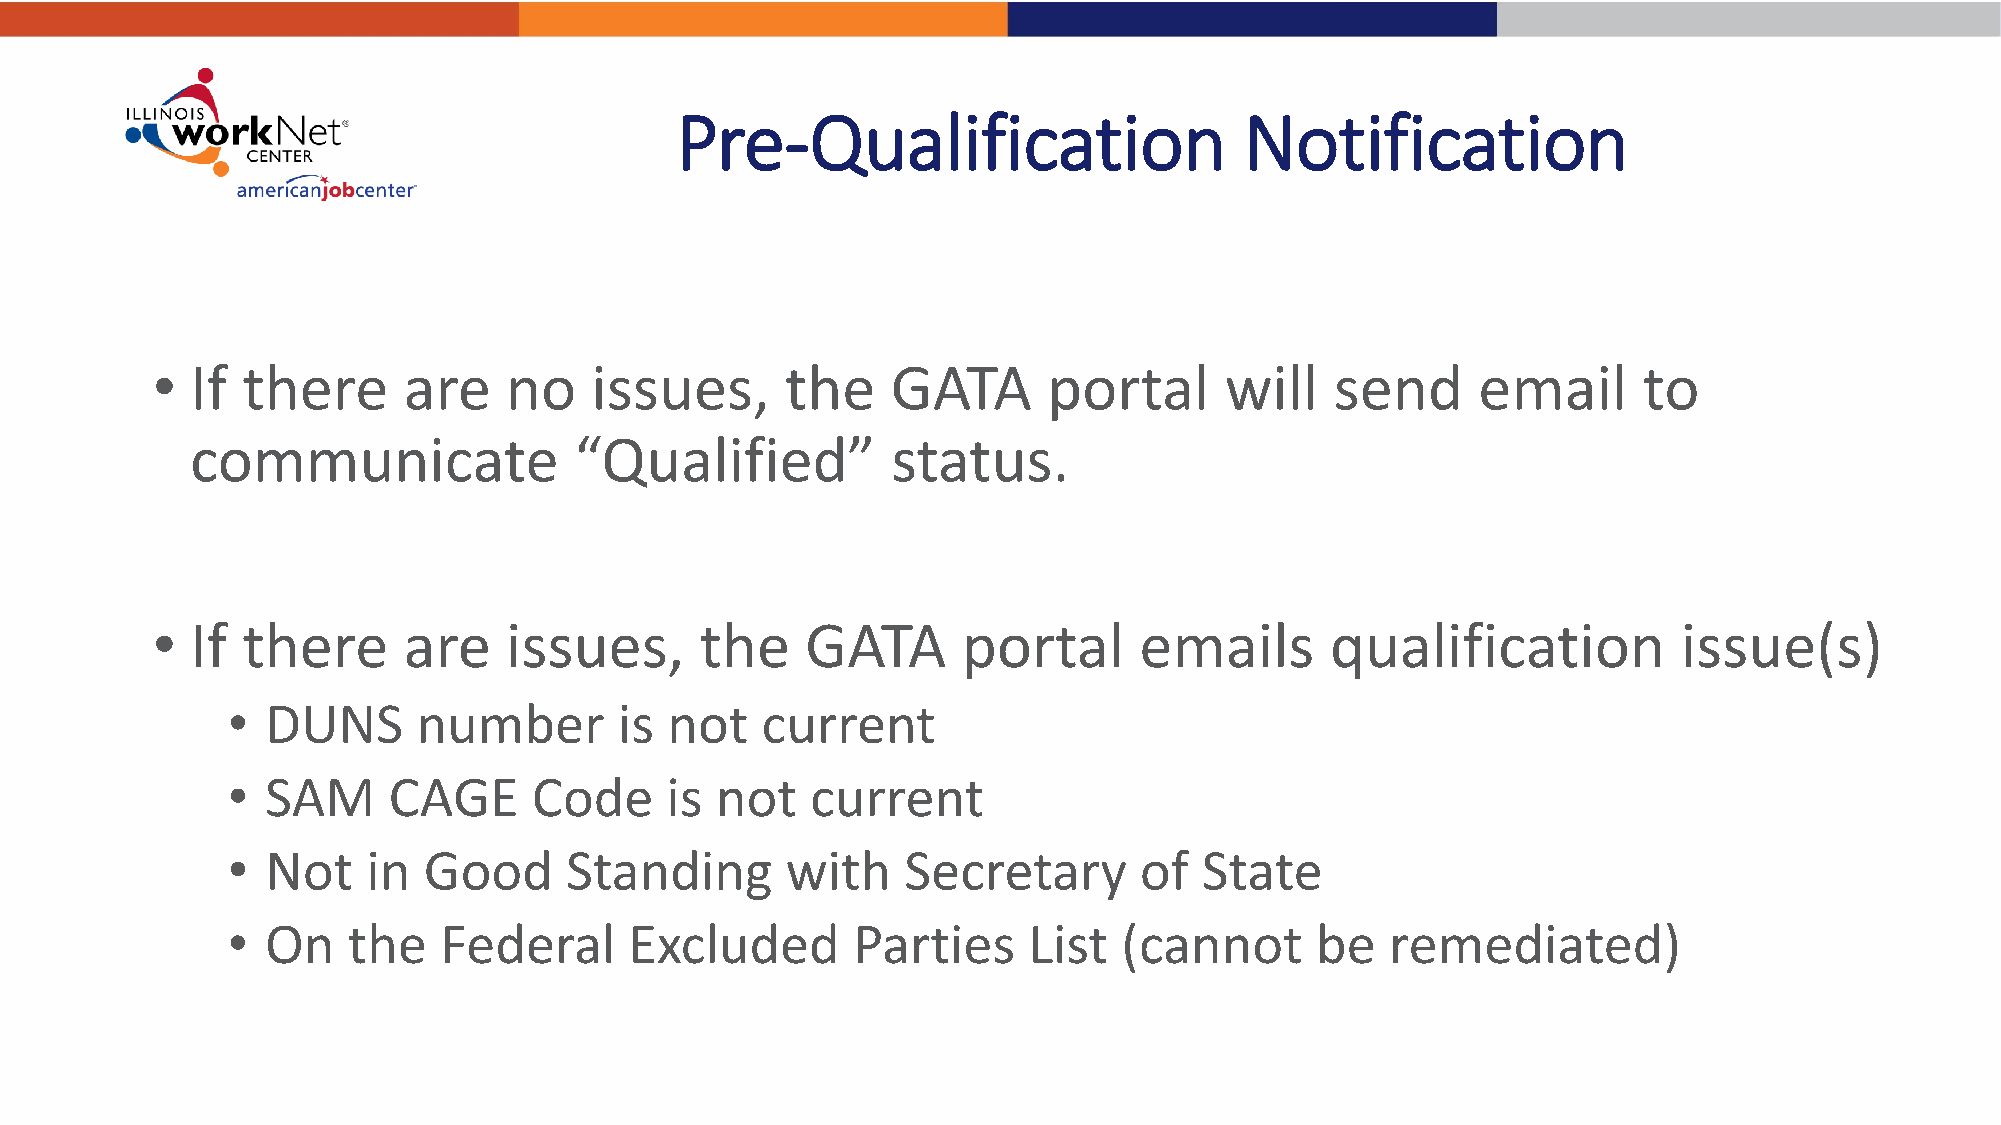
Pre-Qualification                    Notification
 •  If there      are   no    issues,      the    GATA      portal      will   send      email      to
 communicate              “Qualified”          status.
 •  If there      are   issues,      the    GATA       portal     emails       qualification          issue(s)
 •  DUNS      number       is not   current
 •  SAM     CAGE     Code     is not    current
 •  Not   in  Good     Standing       with    Secretary      of   State
 •  On   the   Federal      Excluded      Parties     List  (cannot      be   remediated)